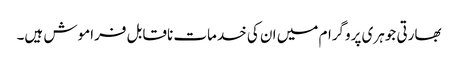
بھارتی جوہری پروگرام میں ان کی خدمات ناقابل فراموش ہیں۔